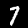
Label: 7